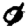
Digit: 0